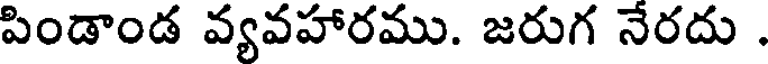
పిండాండ వ్యవహారము. జరుగ నేరదు .